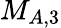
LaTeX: M_{A,3}